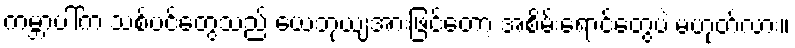
ကမ္ဘာပါ်က သစ်ပင်တွေသည် ယေဘုယျအားဖြင့်တော့ အစိမ်းရောင်တွေပဲ မဟုတ်လား။